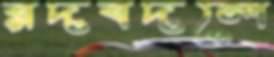
রদবদলে